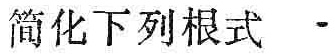
简化下列根式